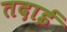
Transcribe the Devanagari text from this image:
तदाई